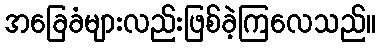
အခြေခံများလည်းဖြစ်ခဲ့ကြလေသည်။